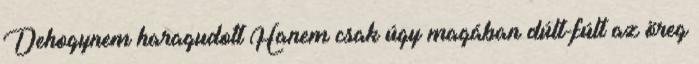
Dehogynem haragudott Hanem csak úgy magában dúlt-fúlt az öreg